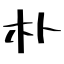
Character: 朴